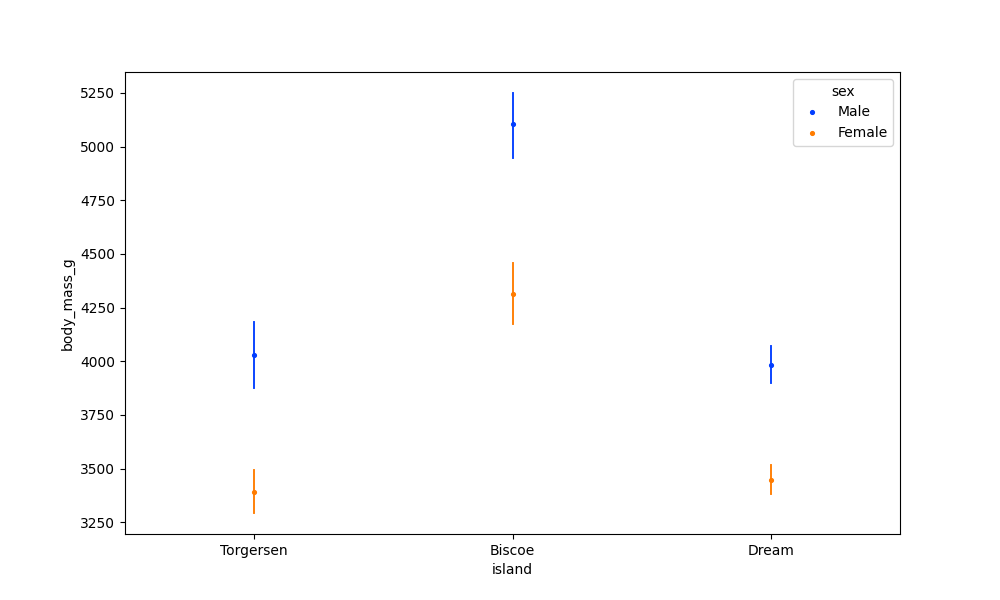
python, seaborn, pointplot, scale=0.5, join=False, hue='sex', palette='bright'